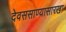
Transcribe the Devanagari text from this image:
देवससाण्यासारखा